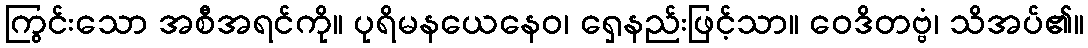
ကြွင်းသော အစီအရင်ကို။ ပုရိမနယေနေဝ၊ ရှေနည်းဖြင့်သာ။ ဝေဒိတဗ္ဗံ၊ သိအပ်၏။